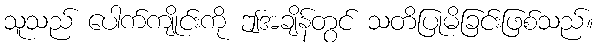
သူသည် ပေါက်ကျိုင်းကို ဤအချိန်တွင် သတိပြုမိခြင်းဖြစ်သည်။